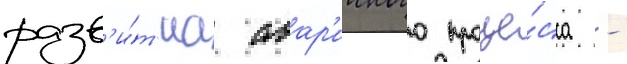
разв'и́т'иа авар'ииного проце́сса -